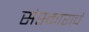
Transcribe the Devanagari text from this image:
संस्काराचं